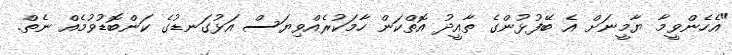
"އެހެންވީމާ ޔާމީނަށް އެ ބޭފުޅުންގެ ތާއީދު އޮތްކަން ހާމަކުރެއްވިޔަސް އަޅުގަނޑުގެ ކަންބޮޑުވުމެއް ނެތް.